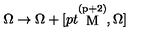
\Omega \rightarrow \Omega + [ { \raise 0 p t \mathrm { \stackrel { ( p + 2 ) } { M } } } , \Omega ]